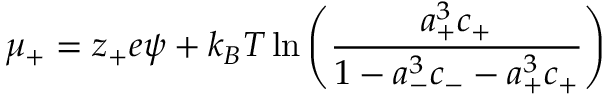
\mu _ { + } = z _ { + } e \psi + k _ { B } T \ln \left( { \frac { a _ { + } ^ { 3 } c _ { + } } { 1 - a _ { - } ^ { 3 } c _ { - } - a _ { + } ^ { 3 } c _ { + } } } \right)